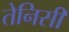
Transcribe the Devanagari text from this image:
तेनिसी